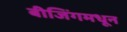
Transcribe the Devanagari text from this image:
बीजिंगमधून